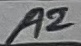
Text: A2